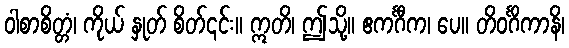
ဝါစာစိတ္တံ၊ ကိုယ် နှုတ် စိတ်၎င်း။ ဣတိ၊ ဤသို့။ ဧကင်္ဂီက၊ ပေ။ တိဝင်္ဂိကာနိ၊